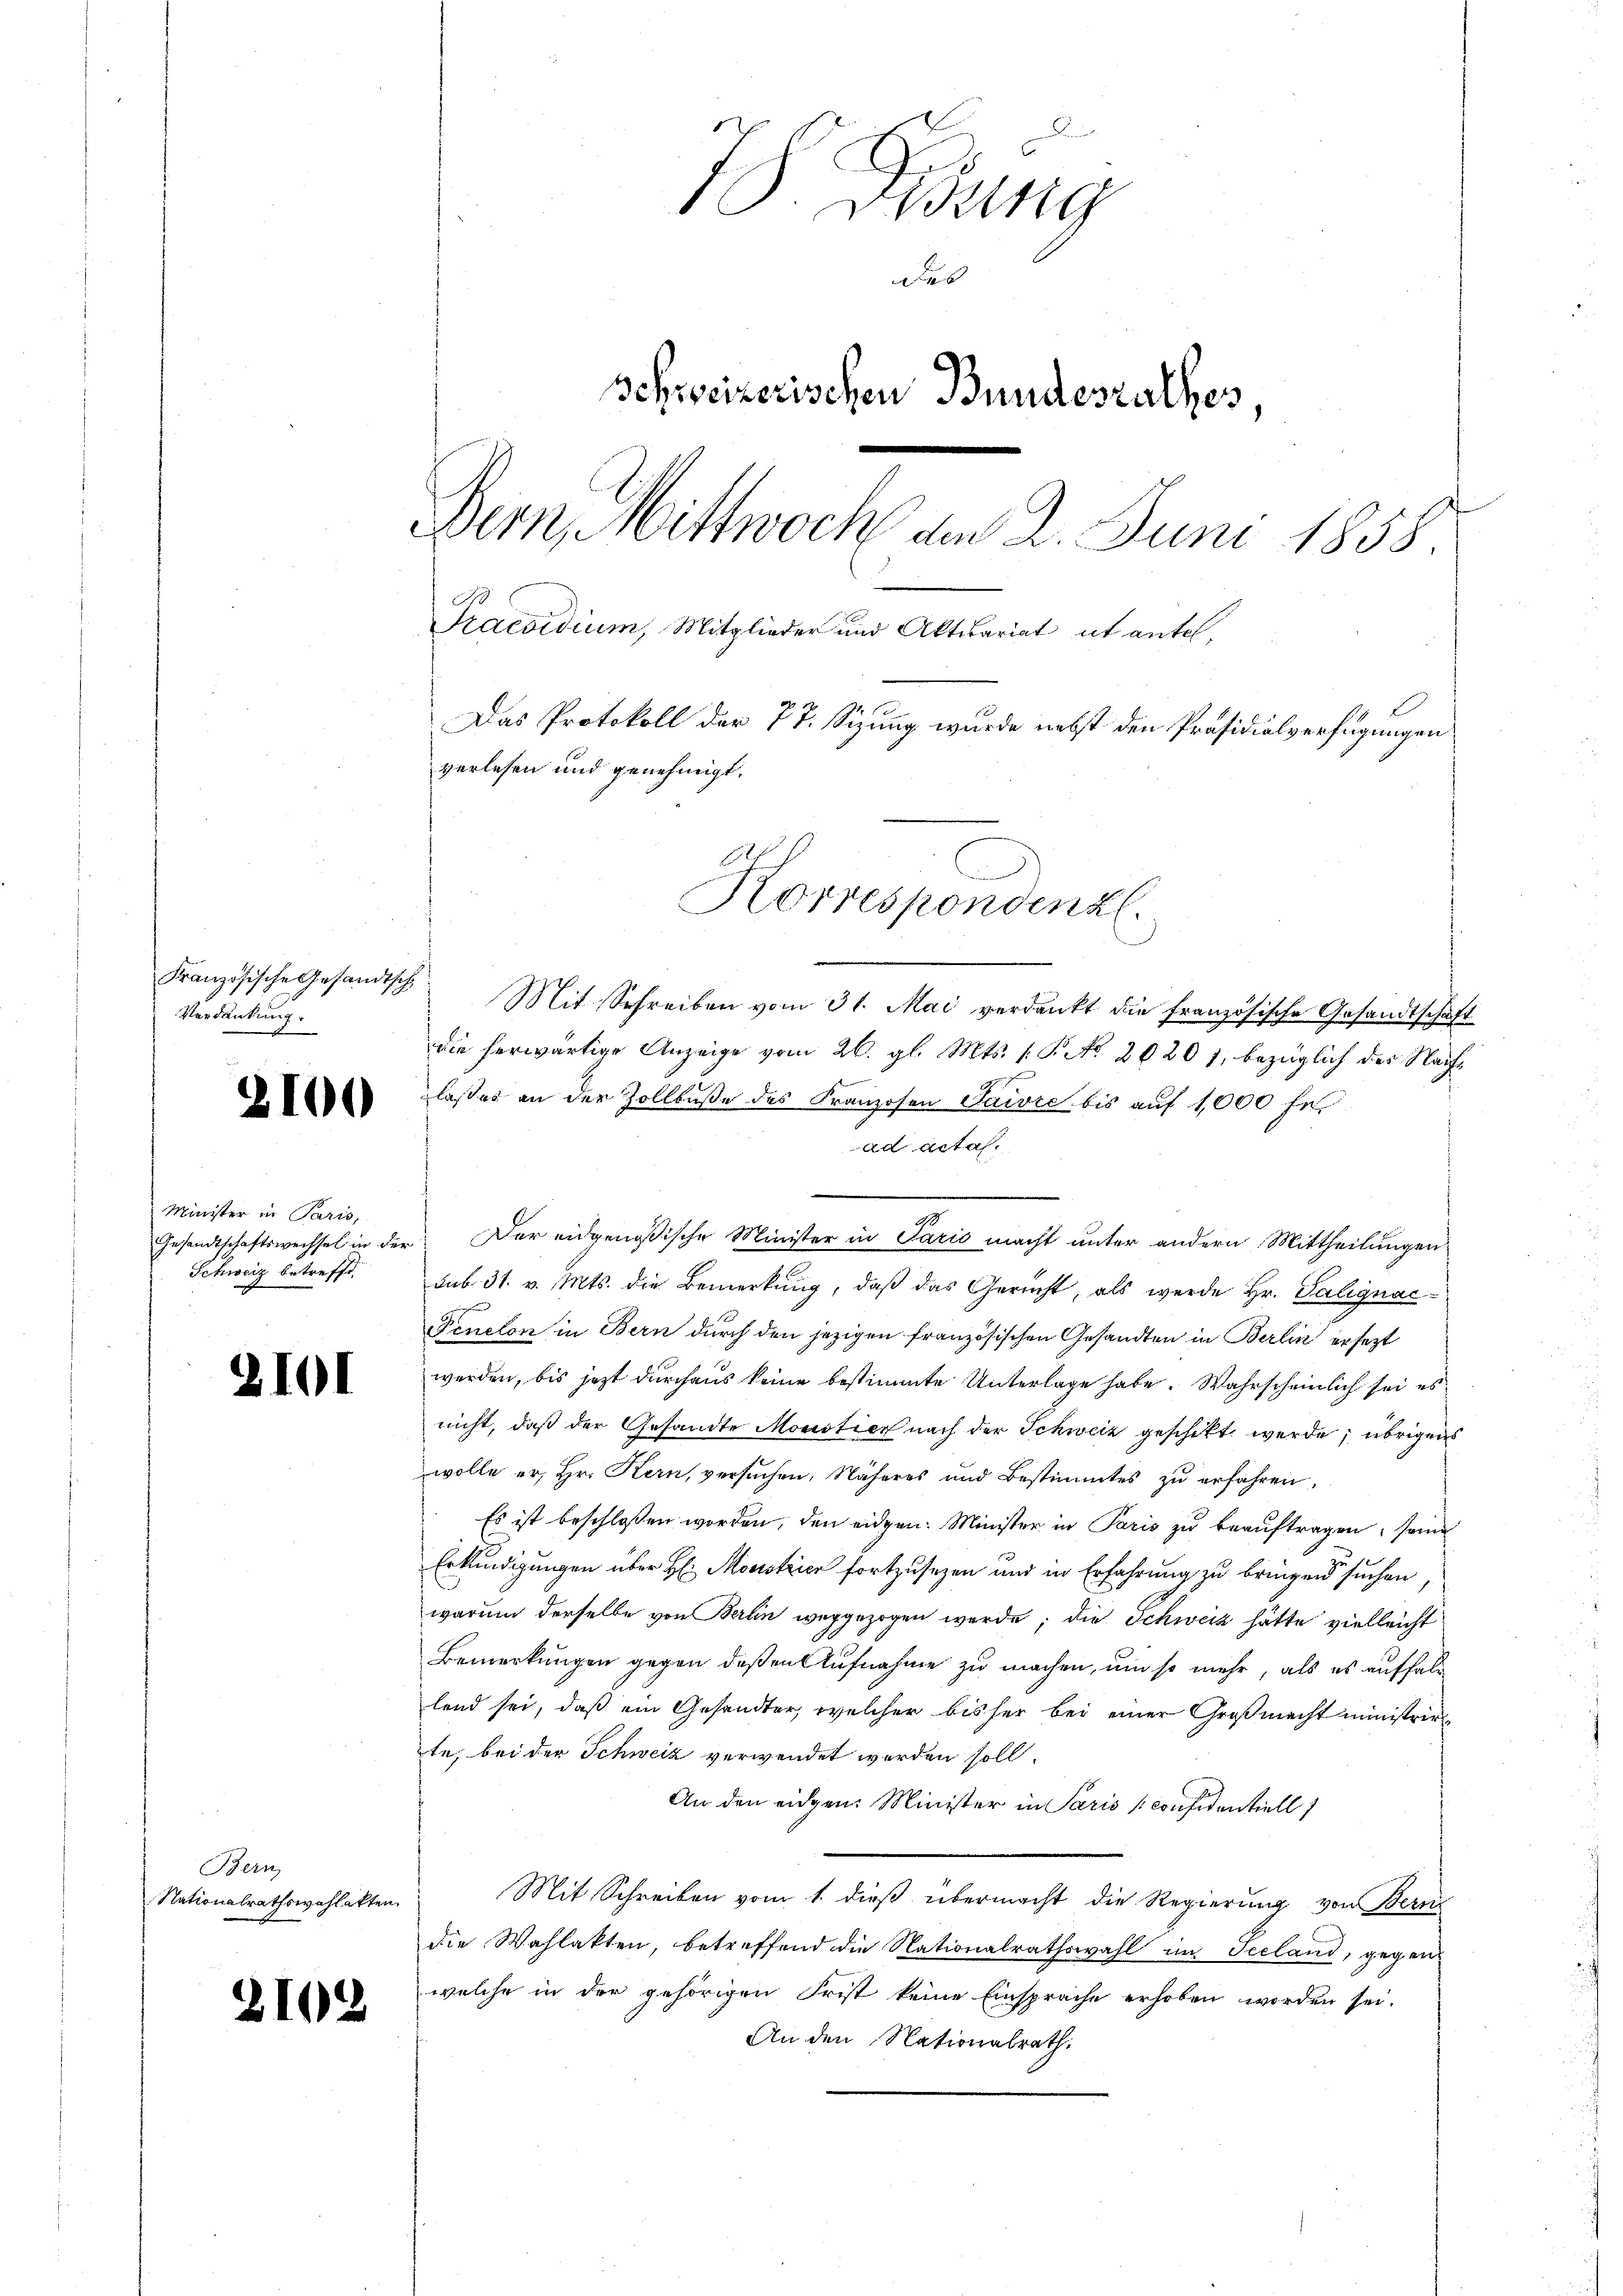
Französische Gesandtsch
Verdankung:

2

2101

100

Minister in Paris,
Schweiz betreffe

Bern,
Nationalrathswahlakten

2102

7S. Gesung
Des
Schweizerischen Bundesrathes,
Bern, Mittwoch am 2. Juni 1858.
Praesidium, Mitglieder und Aktuariat it antel,
Das Protokoll der 77. Sizung wurde nebst den Präsidialverfügungen
verlesen und genehmigt.
Korrespondenzl.

Mit Schreiben vom 31. Mai verdankt die französische Gesandtschaft
die herwärtige Anzeige vom 26. gl. Mts. f. P. No. 20201, bezüglich der Nachlaßes an der Zollbuße des Franzosen Tanze bis auf 1,000 fe
ad acta.
Gesandtschaftswechsel in der Der eidgenößische Minister in Paris macht unter andern Mittheilungen
sub 31. v. Mts. die Bemerkung, daß das Gericht, als werde Hr. Galignac¬
Peneton in Bern durch den jezigen französischen Gesandten in Berlin ersezt
werden, bis jezt durchaus keine bestimmte Unterlage habe. Wahrscheinlich sei es
nicht, daß der Gesandte Monstier nach der Schweiz geschikt werde; übrigens
wolle er, Hr. Kern, versuchen, Näheres und Bestimmtes zu erfahren.
Es ist beschloßen worden, den eidgen. Minister in Paris zu beauftragen, seine
Erkundigungen über H: Monstrier fortzusehen und in Erfahrung zu bringen suchen
warum derselbe von Berlin weggezogen werde; die Schweiz hätte vielleicht
Bemerkungen gegen deßen Aufnahme zu machen, um so mehr, als es auffall
lend sei, daß ein Gesandter, welcher bisher bei einer Großmacht ministrirte, bei der Schweiz verwendet werden soll,
An den eidgen. Minister in Paris confidentiell
Mit Schreiben vom 1. dieß übermacht die Regierung von Bern
die Wahlakten, betreffend die Nationalrathswahl im Seeland, gegenwelche in der gehörigen Frist keine Einsprache erhoben worden sei.
An den Nationalrath.